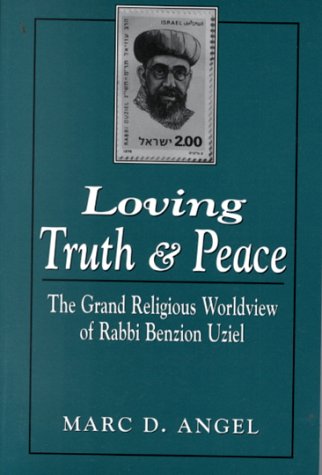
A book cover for Loving Truth and Peace: The Grand Religious Worldview of Rabbi Benzion Uziel; Marc D. Angel; Religion & Spirituality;